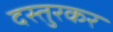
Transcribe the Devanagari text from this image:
दस्तुरकर